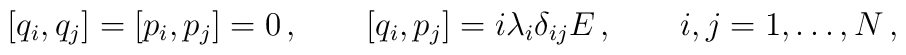
[q_i,q_j]=[p_i,p_j]=0\,,\qquad[q_i,p_j]=i\lambda_i\delta_{ij}E\,,\qquad i,j=1,\dots,N\,,